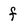
Character: f